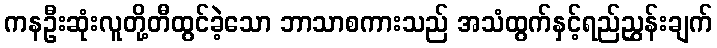
ကနဦးဆုံးလူတို့တီထွင်ခဲ့သော ဘာသာစကားသည် အသံထွက်နှင့်ရည်ညွှန်းချက်